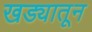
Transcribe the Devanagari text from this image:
खड्यातून